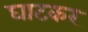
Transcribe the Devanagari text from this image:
घाटकर